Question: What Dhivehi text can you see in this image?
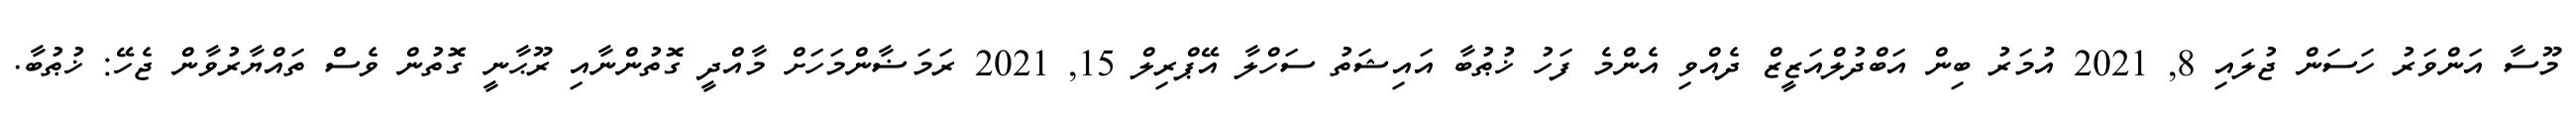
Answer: މޫސާ އަންވަރު ހަސަން ޖުލައި 8, 2021 އުމަރު ބިން އަބްދުލްއަޒީޒް ދެއްވި އެންމެ ފަހު ޚުޠުބާ އައިޝަތު ސަހްލާ އޭޕްރިލް 15, 2021 ރަމަޟާންމަހަށް މާއްދީ ގޮތުންނާއި ރޫޙާނީ ގޮތުން ވެސް ތައްޔާރުވާން ޖެހޭ: ޚުޠުބާ.